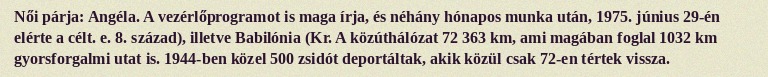
Női párja: Angéla. A vezérlőprogramot is maga írja, és néhány hónapos munka után, 1975. június 29-én elérte a célt. e. 8. század), illetve Babilónia (Kr. A közúthálózat 72 363 km, ami magában foglal 1032 km gyorsforgalmi utat is. 1944-ben közel 500 zsidót deportáltak, akik közül csak 72-en tértek vissza.